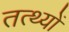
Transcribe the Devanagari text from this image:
तत्थ्यों